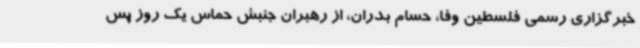
خبرگزاری رسمی فلسطین وفا، حسام بدران، از رهبران جنبش حماس یک روز پس